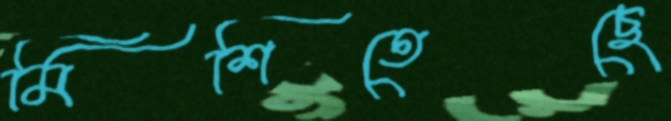
মিশিতেছে